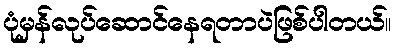
ပုံမှန်လုပ်ဆောင်နေရတာပဲဖြစ်ပါတယ်။